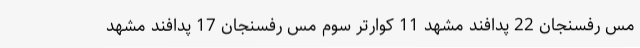
مس رفسنجان 22 پدافند مشهد 11 کوارتر سوم مس رفسنجان 17 پدافند مشهد